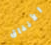
الأنفاق